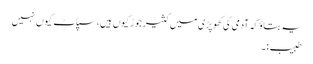
یہ بتاوٴ کہ آدمی کی کھوپڑی میں کثیر جوڑ کیوں ہیں،سپاٹ کیوں نہیں
طبیب:۔